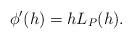
\begin{align*} \begin{aligned} \phi'(h)=hL_P(h). \end{aligned} \end{align*}